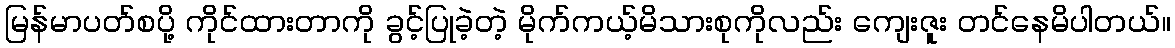
မြန်မာပတ်စပို့ ကိုင်ထားတာကို ခွင့်ပြုခဲ့တဲ့ မိုက်ကယ့်မိသားစုကိုလည်း ကျေးဇူး တင်နေမိပါတယ်။